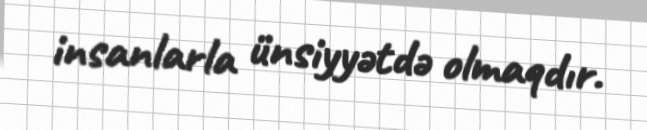
insanlarla ünsiyyətdə olmaqdır.